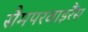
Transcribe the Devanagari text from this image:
सैमपरवाइरैंस